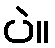
ပဲ။